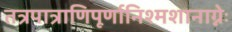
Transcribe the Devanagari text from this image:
तत्रपात्राणिपूर्णानिश्मशानाग्नेः